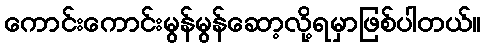
ကောင်းကောင်းမွန်မွန်ဆော့လို့ရမှာဖြစ်ပါတယ်။